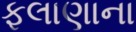
ફલાણાના